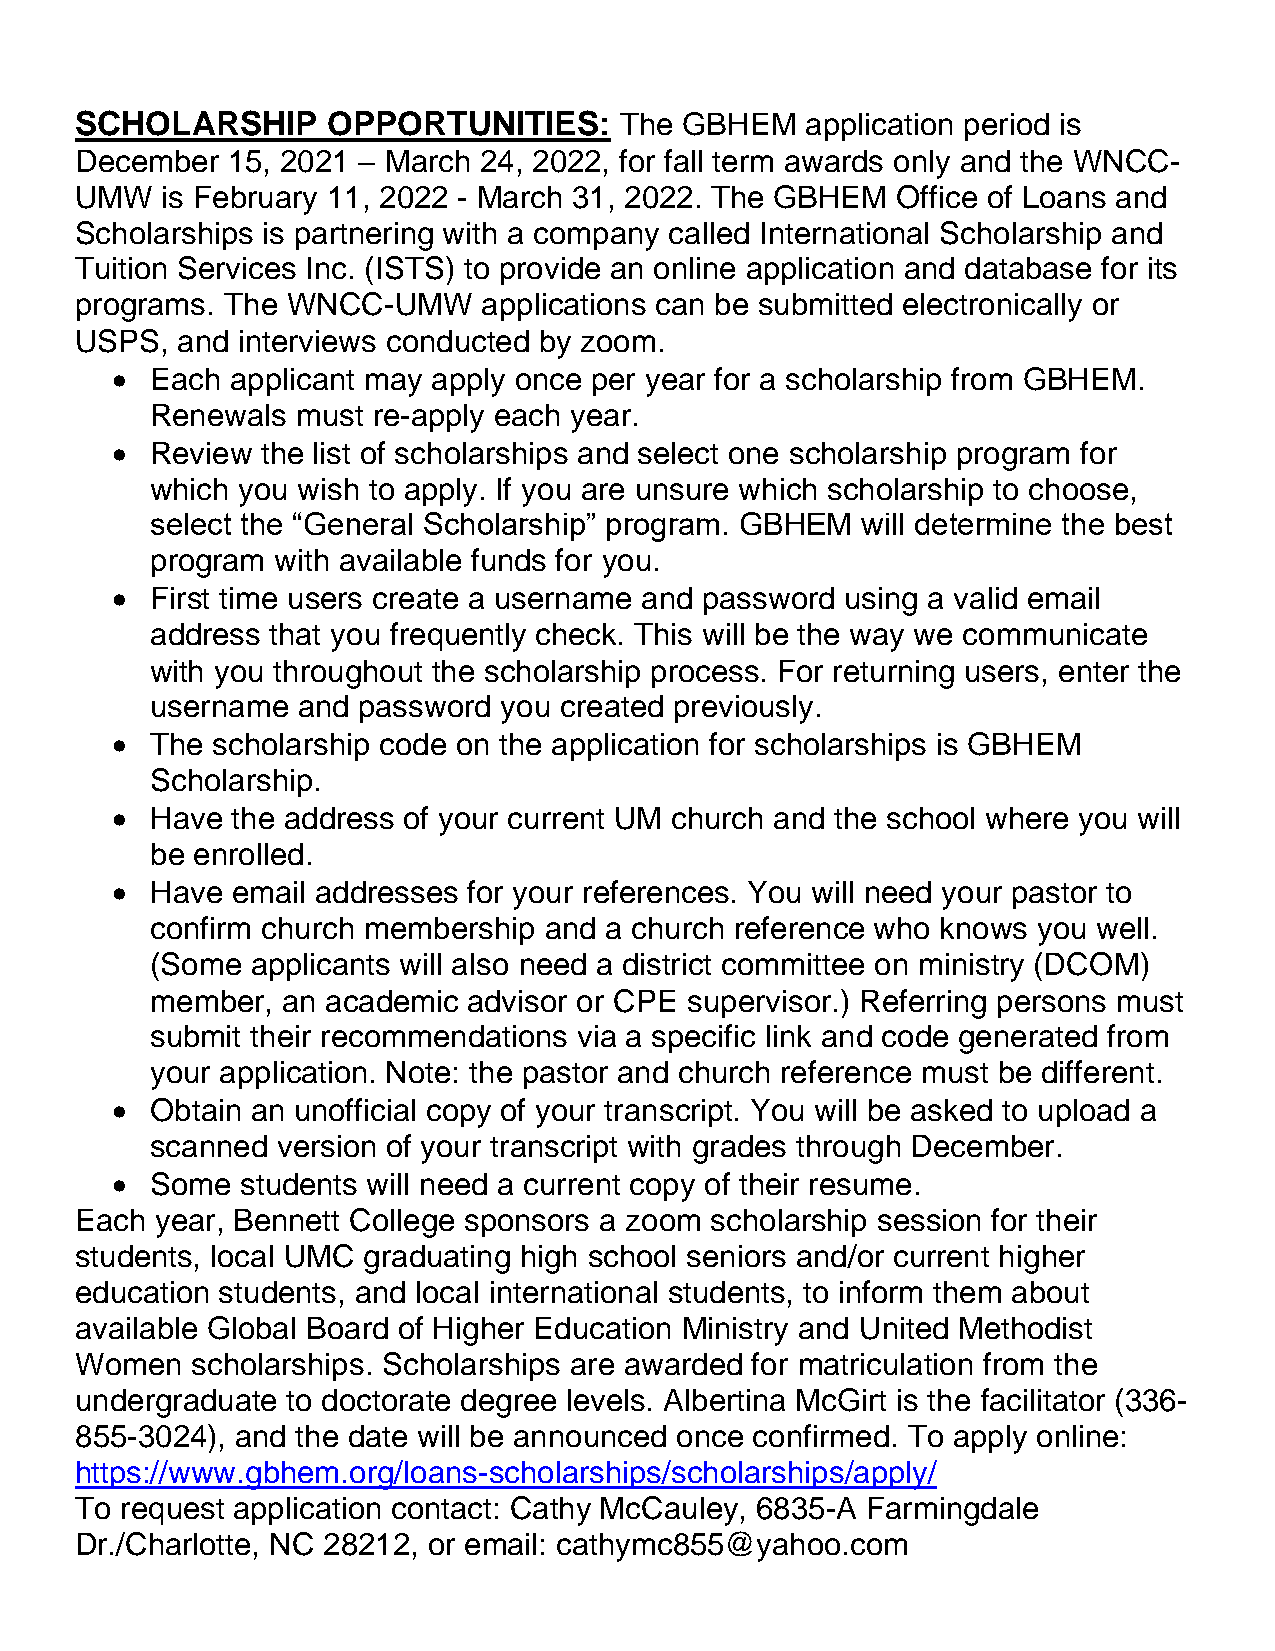
SCHOLARSHIP      OPPORTUNITIES:     The GBHEM   application period is
 December  15, 2021 – March 24, 2022, for fall term awards only and the WNCC-
 UMW   is February 11, 2022 - March 31, 2022. The GBHEM Office of Loans and
 Scholarships is partnering with a company called International Scholarship and
 Tuition Services Inc. (ISTS) to provide an online application and database for its
 programs. The WNCC-UMW     applications can be submitted electronically or
 USPS,  and interviews conducted by zoom.
 •  Each applicant may apply once per year for a scholarship from GBHEM.
 Renewals  must re-apply each year.
 •  Review the list of scholarships and select one scholarship program for
 which you wish to apply. If you are unsure which scholarship to choose,
 select the “General Scholarship” program. GBHEM will determine the best
 program with available funds for you.
 •  First time users create a username and password using a valid email
 address that you frequently check. This will be the way we communicate
 with you throughout the scholarship process. For returning users, enter the
 username  and password you created previously.
 •  The scholarship code on the application for scholarships is GBHEM
 Scholarship.
 •  Have the address of your current UM church and the school where you will
 be enrolled.
 •  Have email addresses for your references. You will need your pastor to
 confirm church membership and a church reference who knows you well.
 (Some  applicants will also need a district committee on ministry (DCOM)
 member,  an academic advisor or CPE supervisor.) Referring persons must
 submit their recommendations via a specific link and code generated from
 your application. Note: the pastor and church reference must be different.
 •  Obtain an unofficial copy of your transcript. You will be asked to upload a
 scanned version of your transcript with grades through December.
 •  Some  students will need a current copy of their resume.
 Each year, Bennett College sponsors a zoom scholarship session for their
 students, local UMC graduating high school seniors and/or current higher
 education students, and local international students, to inform them about
 available Global Board of Higher Education Ministry and United Methodist
 Women   scholarships. Scholarships are awarded for matriculation from the
 undergraduate to doctorate degree levels. Albertina McGirt is the facilitator (336-
 855-3024), and the date will be announced once confirmed. To apply online:
 https://www.gbhem.org/loans-scholarships/scholarships/apply/
 To request application contact: Cathy McCauley, 6835-A Farmingdale
 Dr./Charlotte, NC 28212, or email: cathymc855@yahoo.com